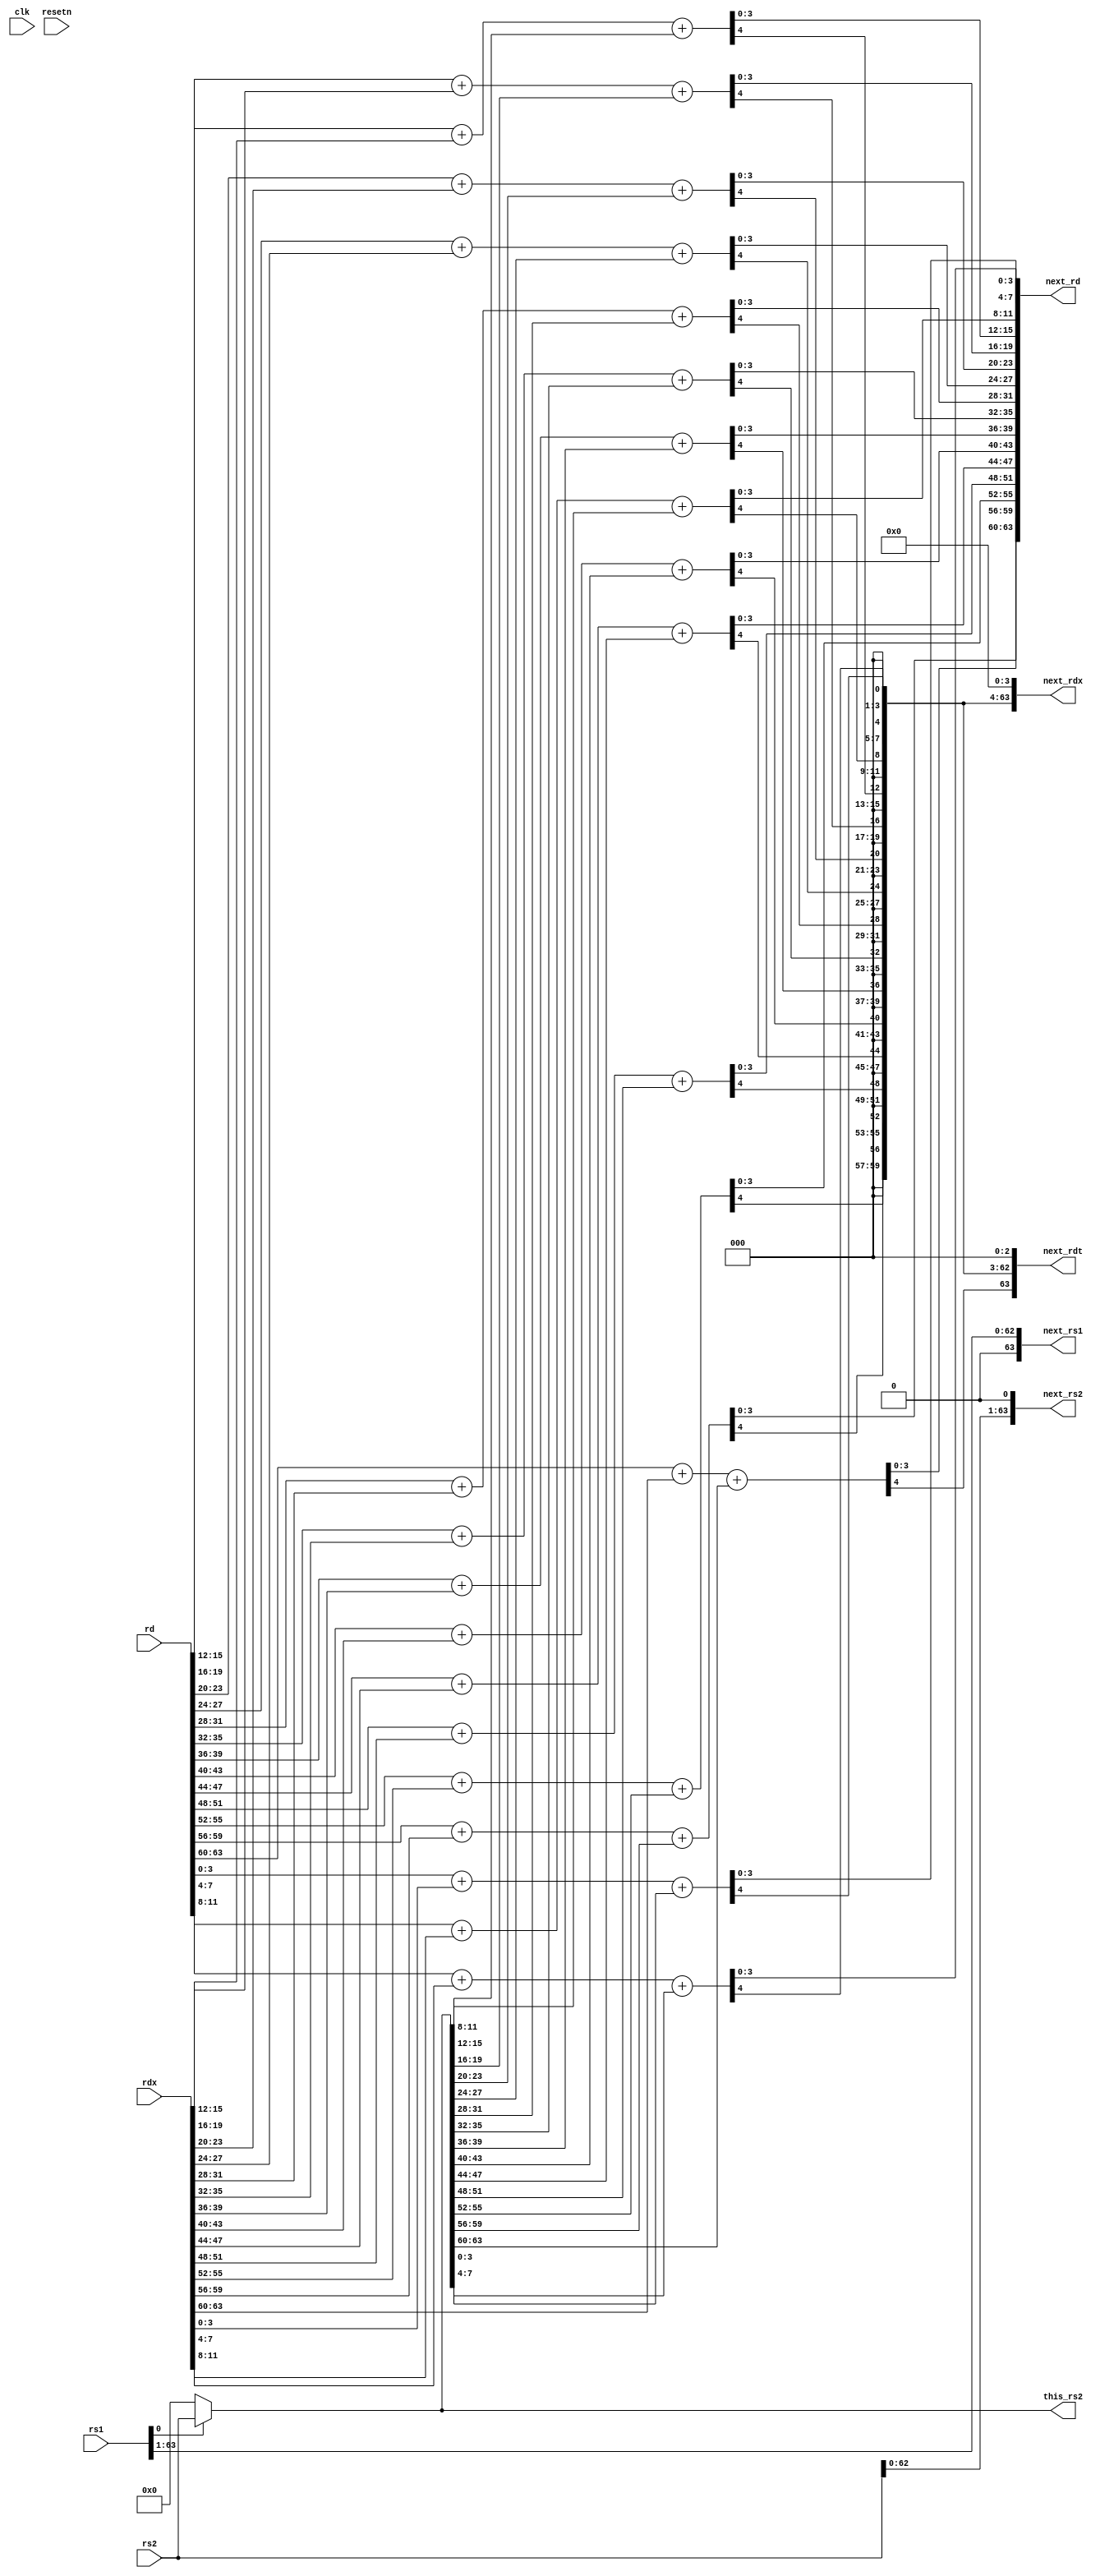

/***************************************************************
 * accumulator from picorv32_pcpi_mul
 ***************************************************************/

module accum (
	input clk, resetn,
	input [63:0] rs1, rs2, rd, rdx,
	output reg [63:0] next_rs1, next_rs2, this_rs2,
	output reg [63:0] next_rd, next_rdx, next_rdt);
   
        localparam CARRY_CHAIN = 4;
	integer i, j;

	// carry save accumulator
	always @* begin
		next_rd = rd;
		next_rdx = rdx;
		next_rs1 = rs1;
		next_rs2 = rs2;

		this_rs2 = next_rs1[0] ? next_rs2 : 0;
		next_rdt = 0;
		for (j = 0; j < 64; j = j + CARRY_CHAIN)
			{next_rdt[j+CARRY_CHAIN-1], next_rd[j +: CARRY_CHAIN]} =
					next_rd[j +: CARRY_CHAIN] + next_rdx[j +: CARRY_CHAIN] + this_rs2[j +: CARRY_CHAIN];
		next_rdx = next_rdt << 1;
		next_rs1 = next_rs1 >> 1;
		next_rs2 = next_rs2 << 1;
	end

endmodule